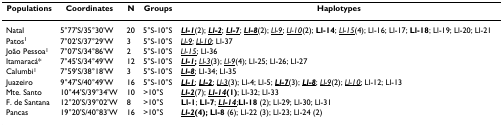
| Populations | Coordinates | N | Groups | Haplotypes |
 | --- | --- | --- | --- | --- |
 | Natal | 5°77'S/35°30'W | 20 | 5°S-10°S | <underline>Ll-1</underline>(2); <underline>Ll-2</underline>; <underline>Ll-7</underline>; <underline>Ll-8</underline>(2); <underline>Ll-9</underline>; <underline>Ll-10</underline>(2); Ll-14; <underline>Ll-15</underline>(4); Ll-16; Ll-17; Ll-18; Ll-19; Ll-20; Ll-21 |
 | Patos1 | 7°02'S/37°29'W | 3 | 5°S-10°S | <underline>Ll-9</underline>; <underline>Ll-10</underline>; Ll-37 |
 | João Pessoa1 | 7°07'S/34°86'W | 2 | 5°S-10°S | <underline>Ll-15</underline>; Ll-36 |
 | Itamaracá* | 7°45'S/34°49'W | 12 | 5°S-10°S | <underline>Ll-1</underline>; <underline>Ll-3</underline>(3); <underline>Ll-9</underline>(4); Ll-25; Ll-26; Ll-27 |
 | Calumbi1 | 7°59'S/38°18'W | 3 | 5°S-10°S | <underline>Ll-8</underline>; Ll-34; Ll-35 |
 | Juazeiro | 9°47'S/40°49'W | 16 | 5°S-10°S | <underline>Ll-1</underline>; <underline>Ll-2</underline>; <underline>Ll-3</underline>(3); Ll-4; Ll-5; <underline>Ll-7</underline>(3); <underline>Ll-8</underline>; <underline>Ll-9</underline>(2); <underline>Ll-10</underline>; Ll-12; Ll-13 |
 | Mte. Santo | 10°44'S/39°34'W | 10 | >10°S | <underline>Ll-2</underline>(7); <underline>Ll-14</underline>(1); Ll-32; Ll-33 |
 | F. de Santana | 12°20'S/39°02'W | 8 | >10°S | Ll-1; Ll-7; <underline>Ll-14</underline>;Ll-18 (2); Ll-29; Ll-30; Ll-31 |
 | Pancas | 19°20'S/40°83'W | 16 | >10°S | <underline>Ll-2</underline>(4); Ll-8 (6); Ll-22 (3); Ll-23; Ll-24 (2) |